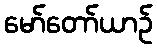
မော်တော်ယာဉ်